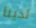
لدينا